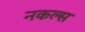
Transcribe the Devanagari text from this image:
नकल्स